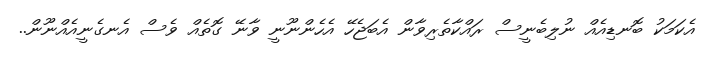
އެކަމަކު ބޮނޑިއެއް ނުލިބެނީސް ރައްކާތެރިވާން އެބަޖެހޭ އެހެންނޫނީ ވާނޭ ގޮތެއް ވެސް އެނގެނީއެއްނޫން..